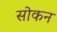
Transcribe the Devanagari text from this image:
सोकन